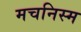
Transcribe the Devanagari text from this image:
मचनिस्म